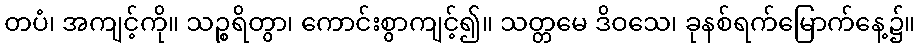
တပံ၊ အကျင့်ကို။ သဉ္စရိတွာ၊ ကောင်းစွာကျင့်၍။ သတ္တမေ ဒိဝသေ၊ ခုနစ်ရက်မြောက်နေ့၌။